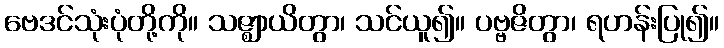
ဗေဒင်သုံးပုံတို့ကို။ သဇ္ဈာယိတွာ၊ သင်ယူ၍။ ပဗ္ဗဇိတွာ၊ ရဟန်းပြု၍။